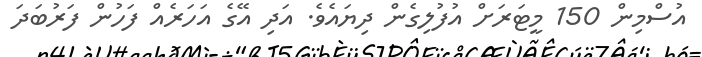
އުސްމިން 150 މީޓަރަށް އުފުލިގެން ދިޔައެވެ. އަދި އޭގެ އަހަރެއް ފަހުން ފަރުބަދަ